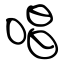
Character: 唱